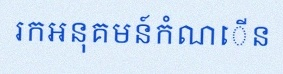
រកអនុគមន៍កំណើន